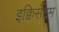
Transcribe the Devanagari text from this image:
इक्विसेटम